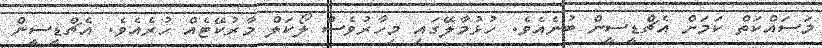
މަސައްކަތް ކަމަށް އެޗްޑީސީން ބުނެއެވެ. ހުޅުމާލޭގައި މިހާރުވެސް ލޯކަލް މާރުކޭޓެއް ހުރެއެވެ. އެޗްޑީސީން